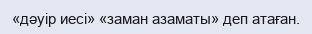
«дәуір иесі» «заман азаматы» деп атаған.